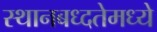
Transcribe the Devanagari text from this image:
स्थानबध्दतेमध्ये